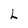
Character: h